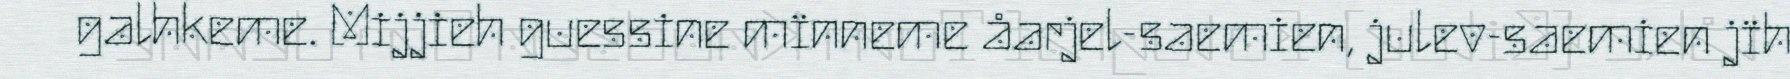
galhkeme. Mijjieh guessine mïnneme åarjel-saemien, julev-saemien jïh